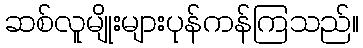
ဆစ်လူမျိုးများပုန်ကန်ကြသည်။